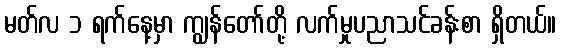
မတ်လ ၁ ရက်နေ့မှာ ကျွန်တော်တို့ လက်မှုပညာသင်ခန်းစာ ရှိတယ်။